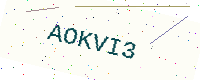
Text: AOKVI3